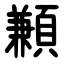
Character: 䫡